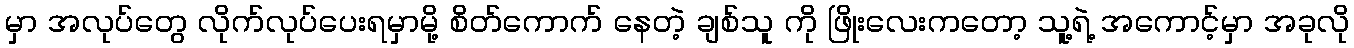
မှာ အလုပ်တွေ လိုက်လုပ်ပေးရမှာမို့ စိတ်ကောက် နေတဲ့ ချစ်သူ ကို ဖြိုးလေးကတော့ သူ့ရဲ့ အကောင့်မှာ အခုလို